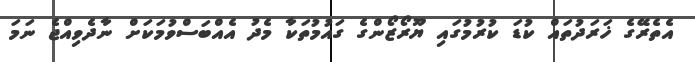
އެތެރޭގެ ޚަރަދުތައް ކުޑަ ކުރުމުގައި ޔޫރޯޒޯންގެ ގައުމުތަކާ މެދު އެއްބަސްވުމަކަށް ނާދެވިއްޖެ ނަމަ